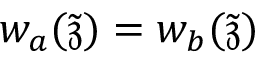
w _ { a } ( \tilde { \mathfrak { z } } ) = w _ { b } ( \tilde { \mathfrak { z } } )